Scottish Certificate of Education, 1963
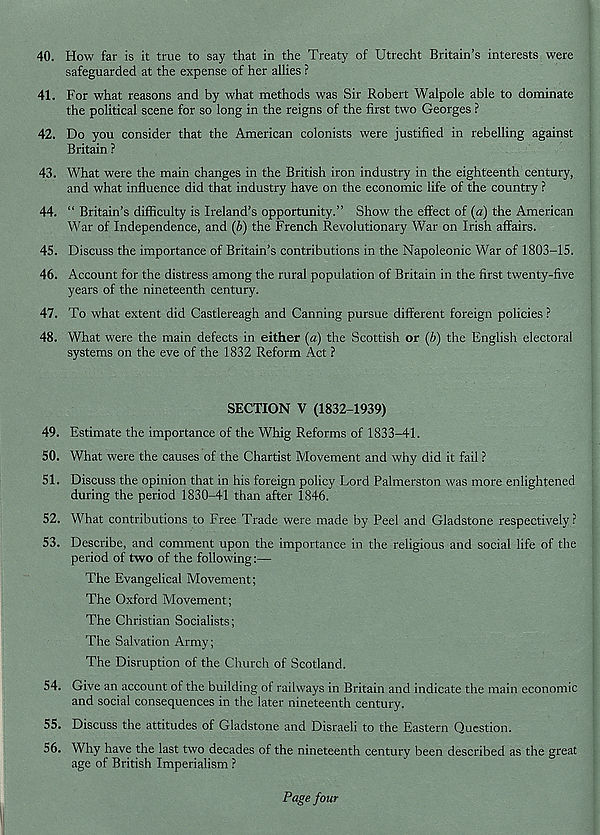
40. How far is it true to say that in the Treaty of Utrecht Britain’s interests were
safeguarded at the expense of her allies ?
41. For what reasons and by what methods was Sir Robert Walpole able to dominate
the political scene for so long in the reigns of the first two Georges ?
42. Do you consider that the American colonists were justified in rebelling against
Britain ?
43. What were the main changes in the British iron industry in the eighteenth century,
and what influence did that industry have on the economic life of the country ?
44. “ Britain’s difficulty is Ireland’s opportunity.” Show the effect of (a) the American
War of Independence, and (b) the French Revolutionary War on Irish affairs.
45. Discuss the importance of Britain’s contributions in the Napoleonic War of 1803-15.
46. Account for the distress among the rural population of Britain in the first twenty-five
years of the nineteenth century.
47. To what extent did Castlereagh and Canning pursue different foreign policies ?
48. What were the main defects in either (a) the Scottish or (b) the English electoral
systems on the eve of the 1832 Reform Act ?
SECTION V (1832-1939)
49. Estimate the importance of the Whig Reforms of 1833-41.
50. What were the causes of the Chartist Movement and why did it fail ?
51. Discuss the opinion that in his foreign policy Lord Palmerston was more enlightened
during the period 1830-41 than after 1846.
52. What contributions to Free Trade were made by Peel and Gladstone respectively?
53. Describe, and comment upon the importance in the religious and social life of the
period of two of the following:—
The Evangelical Movement;
The Oxford Movement;
The Christian Socialists;
The Salvation Army;
The Disruption of the Church of Scotland.
54. Give an account of the building of railways in Britain and indicate the main economic
and social consequences in the later nineteenth century.
55. Discuss the attitudes of Gladstone and Disraeli to the Eastern Question.
56. Why have the last two decades of the nineteenth century been described as the great
age of British Imperialism ?
Page four